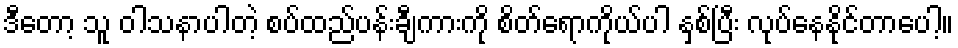
ဒီတော့ သူ ဝါသနာပါတဲ့ စပ်ထည်ပန်းချီကားကို စိတ်ရောကိုယ်ပါ နှစ်ပြီး လုပ်နေနိုင်တာပေါ့။